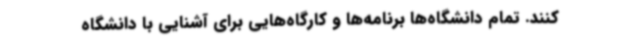
کنند. تمام دانشگاه‌ها برنامه‌ها و کارگاه‌هایی برای آشنایی با دانشگاه